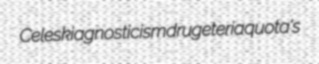
Celeski agnosticism drugeteria quota's